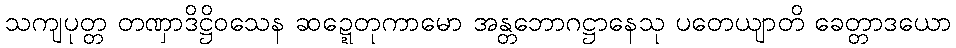
သကျပုတ္တ တဏှာဒိဋ္ဌိဝသေန ဆဍ္ဍေတုကာမော အန္တဘောဂဋ္ဌာနေသု ပတေယျာတိ ခေတ္တာဒယော